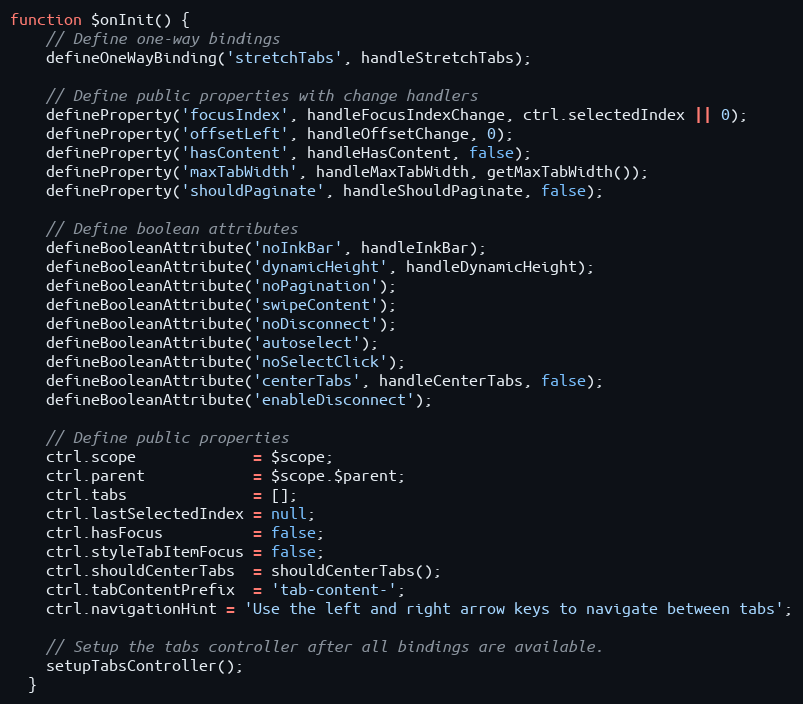
Language: JavaScript
function $onInit() {
    // Define one-way bindings
    defineOneWayBinding('stretchTabs', handleStretchTabs);

    // Define public properties with change handlers
    defineProperty('focusIndex', handleFocusIndexChange, ctrl.selectedIndex || 0);
    defineProperty('offsetLeft', handleOffsetChange, 0);
    defineProperty('hasContent', handleHasContent, false);
    defineProperty('maxTabWidth', handleMaxTabWidth, getMaxTabWidth());
    defineProperty('shouldPaginate', handleShouldPaginate, false);

    // Define boolean attributes
    defineBooleanAttribute('noInkBar', handleInkBar);
    defineBooleanAttribute('dynamicHeight', handleDynamicHeight);
    defineBooleanAttribute('noPagination');
    defineBooleanAttribute('swipeContent');
    defineBooleanAttribute('noDisconnect');
    defineBooleanAttribute('autoselect');
    defineBooleanAttribute('noSelectClick');
    defineBooleanAttribute('centerTabs', handleCenterTabs, false);
    defineBooleanAttribute('enableDisconnect');

    // Define public properties
    ctrl.scope             = $scope;
    ctrl.parent            = $scope.$parent;
    ctrl.tabs              = [];
    ctrl.lastSelectedIndex = null;
    ctrl.hasFocus          = false;
    ctrl.styleTabItemFocus = false;
    ctrl.shouldCenterTabs  = shouldCenterTabs();
    ctrl.tabContentPrefix  = 'tab-content-';
    ctrl.navigationHint = 'Use the left and right arrow keys to navigate between tabs';

    // Setup the tabs controller after all bindings are available.
    setupTabsController();
  }